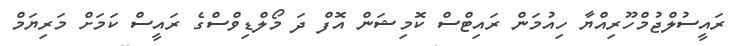
ރައީސުލްޖުމްހޫރިއްޔާ ހިއުމަން ރައިޓްސް ކޮމިޝަން އޮފް ދަ މޯލްޑިވްސްގެ ރައީސް ކަމަށް މަރިޔަމް